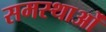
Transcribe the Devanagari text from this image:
समस्थाओं